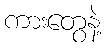
ကားတွေနဲ့